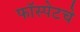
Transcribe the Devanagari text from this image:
फॉस्पेटचे